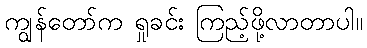
ကျွန်တော်က ရှုခင်း ကြည့်ဖို့လာတာပါ။